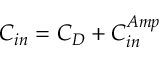
C _ { i n } = C _ { D } + C _ { i n } ^ { A m p }